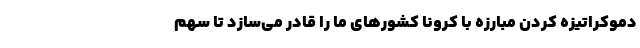
دموکراتیزه کردن مبارزه با کرونا کشورهای ما را قادر می‌سازد تا سهم